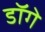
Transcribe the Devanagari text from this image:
डॉगे